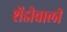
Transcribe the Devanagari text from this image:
शेंडीवाली